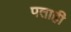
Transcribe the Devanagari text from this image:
पताही